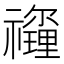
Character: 𥜡